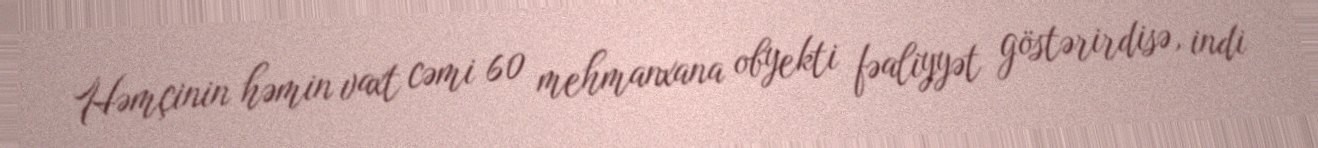
Həmçinin həmin vaxt cəmi 60 mehmanxana obyekti fəaliyyət göstərirdisə, indi